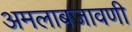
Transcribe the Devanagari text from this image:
अमलाबजावणी